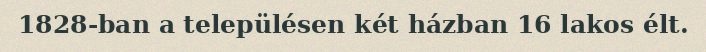
1828-ban a településen két házban 16 lakos élt.